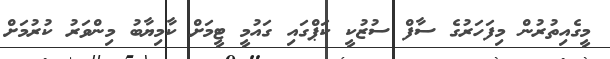
މީގެއިތުރުން މިފަހަރުގެ ސާފް ސުޒުކީ ކަޕްގައި ގައުމީ ޓީމަށް ކާމިޔާބު މިންވަރު ކުރުމަށް